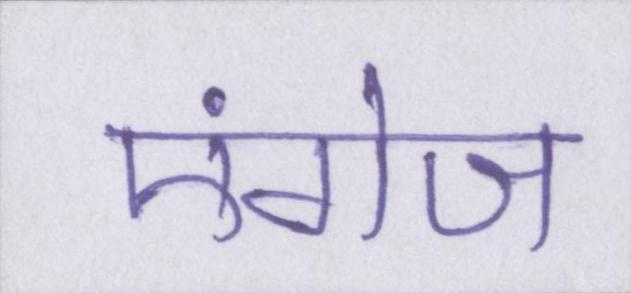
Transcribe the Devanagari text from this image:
एंगेज